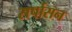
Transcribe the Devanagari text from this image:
सर्पासन